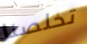
تخلصنا